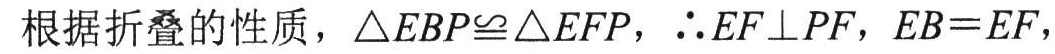
根据折叠的性质，\(\triangle EBP\cong\triangle EFP\)，\(\therefore EF\perp PF\)，\(EB = EF\)，